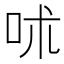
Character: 𠰲